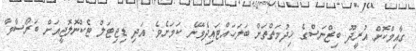
ގާއިމްކޮށް އުރީދޫ ބިޒްނަސްގެ ޚިދުމަތްތަށް ބަލަހައްޓައިދެވޭނެ ކަމަށެވެ. އަދި ޑިޖިޓަލް ޓެކްނޮލޮޖީއަށް ބަރޯސާވާ